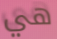
هي